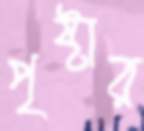
পৃষ্টার